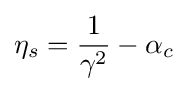
\eta _{s}={\frac {1}{\gamma ^{2}}}-\alpha _{c}